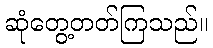
ဆုံတွေ့တတ်ကြသည်။